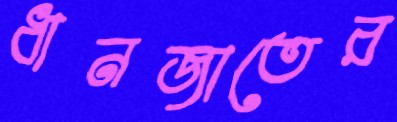
ধানজাতের